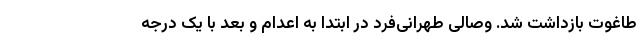
طاغوت بازداشت شد. وصالی طهرانی‌فرد در ابتدا به اعدام و بعد با یک درجه